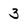
Character: 3